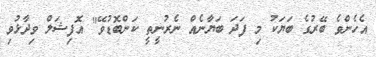
އެހެންވެ ބޭރުގެ ބަޔަކު މި ފަދަ ބަޔާނެއް ނެރުނީތީ ކަންބޮޑުވޭ" އޮފިޝަލް ވިދާޅުވި